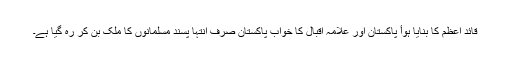
قائدِ اعظم کا بنایا ہوأ پاکستان اور علامہ اقبال کا خواب پاکستان صرف انتہا پسند مسلمانوں کا ملک بن کر رہ گیا ہے۔